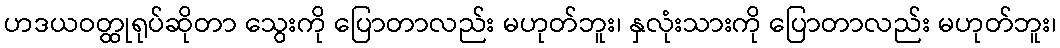
ဟဒယဝတ္ထုရုပ်ဆိုတာ သွေးကို ပြောတာလည်း မဟုတ်ဘူး၊ နှလုံးသားကို ပြောတာလည်း မဟုတ်ဘူး၊